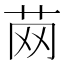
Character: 䒽